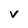
Character: v